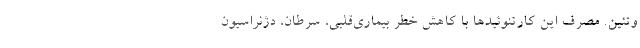
وتئین. مصرف این کارتنوئیدها با کاهش خطر بیماری‌قلبی، سرطان، دژنراسیون